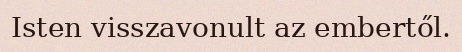
Isten visszavonult az embertől.